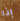
إذا